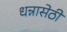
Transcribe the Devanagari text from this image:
धन्नासेठी